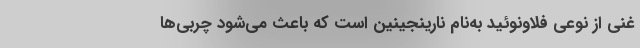
غنی از نوعی فلاونوئید به‌نام نارینجینین است که باعث می‌شود چربی‌ها